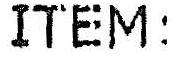
ITEM: